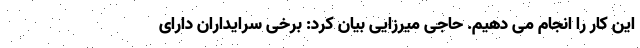
این کار را انجام می دهیم. حاجی میرزایی بیان کرد: برخی سرایدارانِ دارای